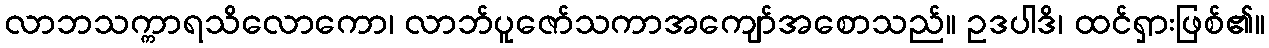
လာဘသက္ကာရသိလောကော၊ လာဘ်ပူဇော်သကာအကျော်အစောသည်။ ဥဒပါဒိ၊ ထင်ရှားဖြစ်၏။